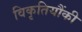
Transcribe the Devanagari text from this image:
विकृतियौंकी